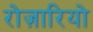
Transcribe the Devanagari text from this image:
रोज़ारियो